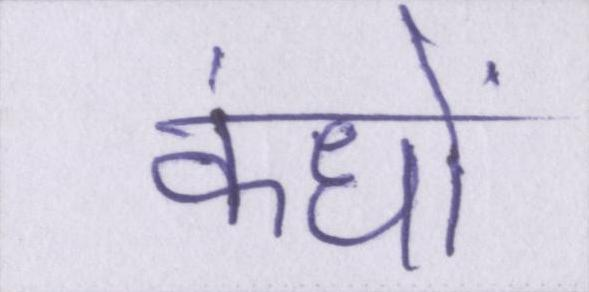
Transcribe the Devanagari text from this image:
कंधों